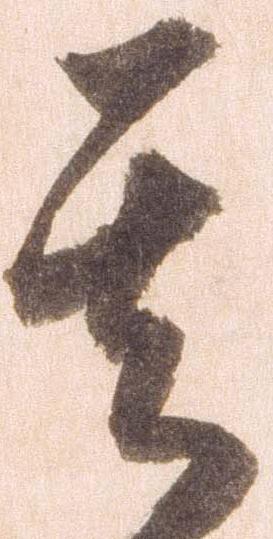
其